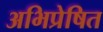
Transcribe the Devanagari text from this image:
अभिप्रेषित